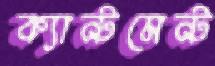
ক্যান্টমেন্ট